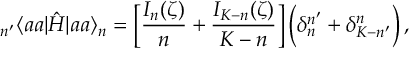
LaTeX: _ { n ^ { \prime } } \langle a a | \hat { H } | a a \rangle _ { n } = \Big [ \frac { I _ { n } ( \zeta ) } { n } + \frac { I _ { K - n } ( \zeta ) } { K - n } \Big ] \, \Big ( \delta _ { n } ^ { n ^ { \prime } } + \delta _ { K - n ^ { \prime } } ^ { n } \Big ) \, ,